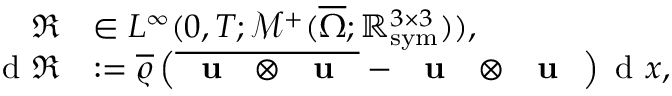
\begin{array} { r l } { \mathfrak { R } } & { \in L ^ { \infty } ( 0 , T ; \mathcal { M } ^ { + } ( \overline { { \Omega } } ; \mathbb { R } _ { \mathrm { s y m } } ^ { 3 \times 3 } ) ) , } \\ { \textup { d } \mathfrak { R } } & { : = \overline { { \varrho } } \left( \overline { { \textbf { \textup { u } } \otimes \textbf { \textup { u } } } } - \textbf { \textup { u } } \otimes \textbf { \textup { u } } \right) \textup { d } x , } \end{array}